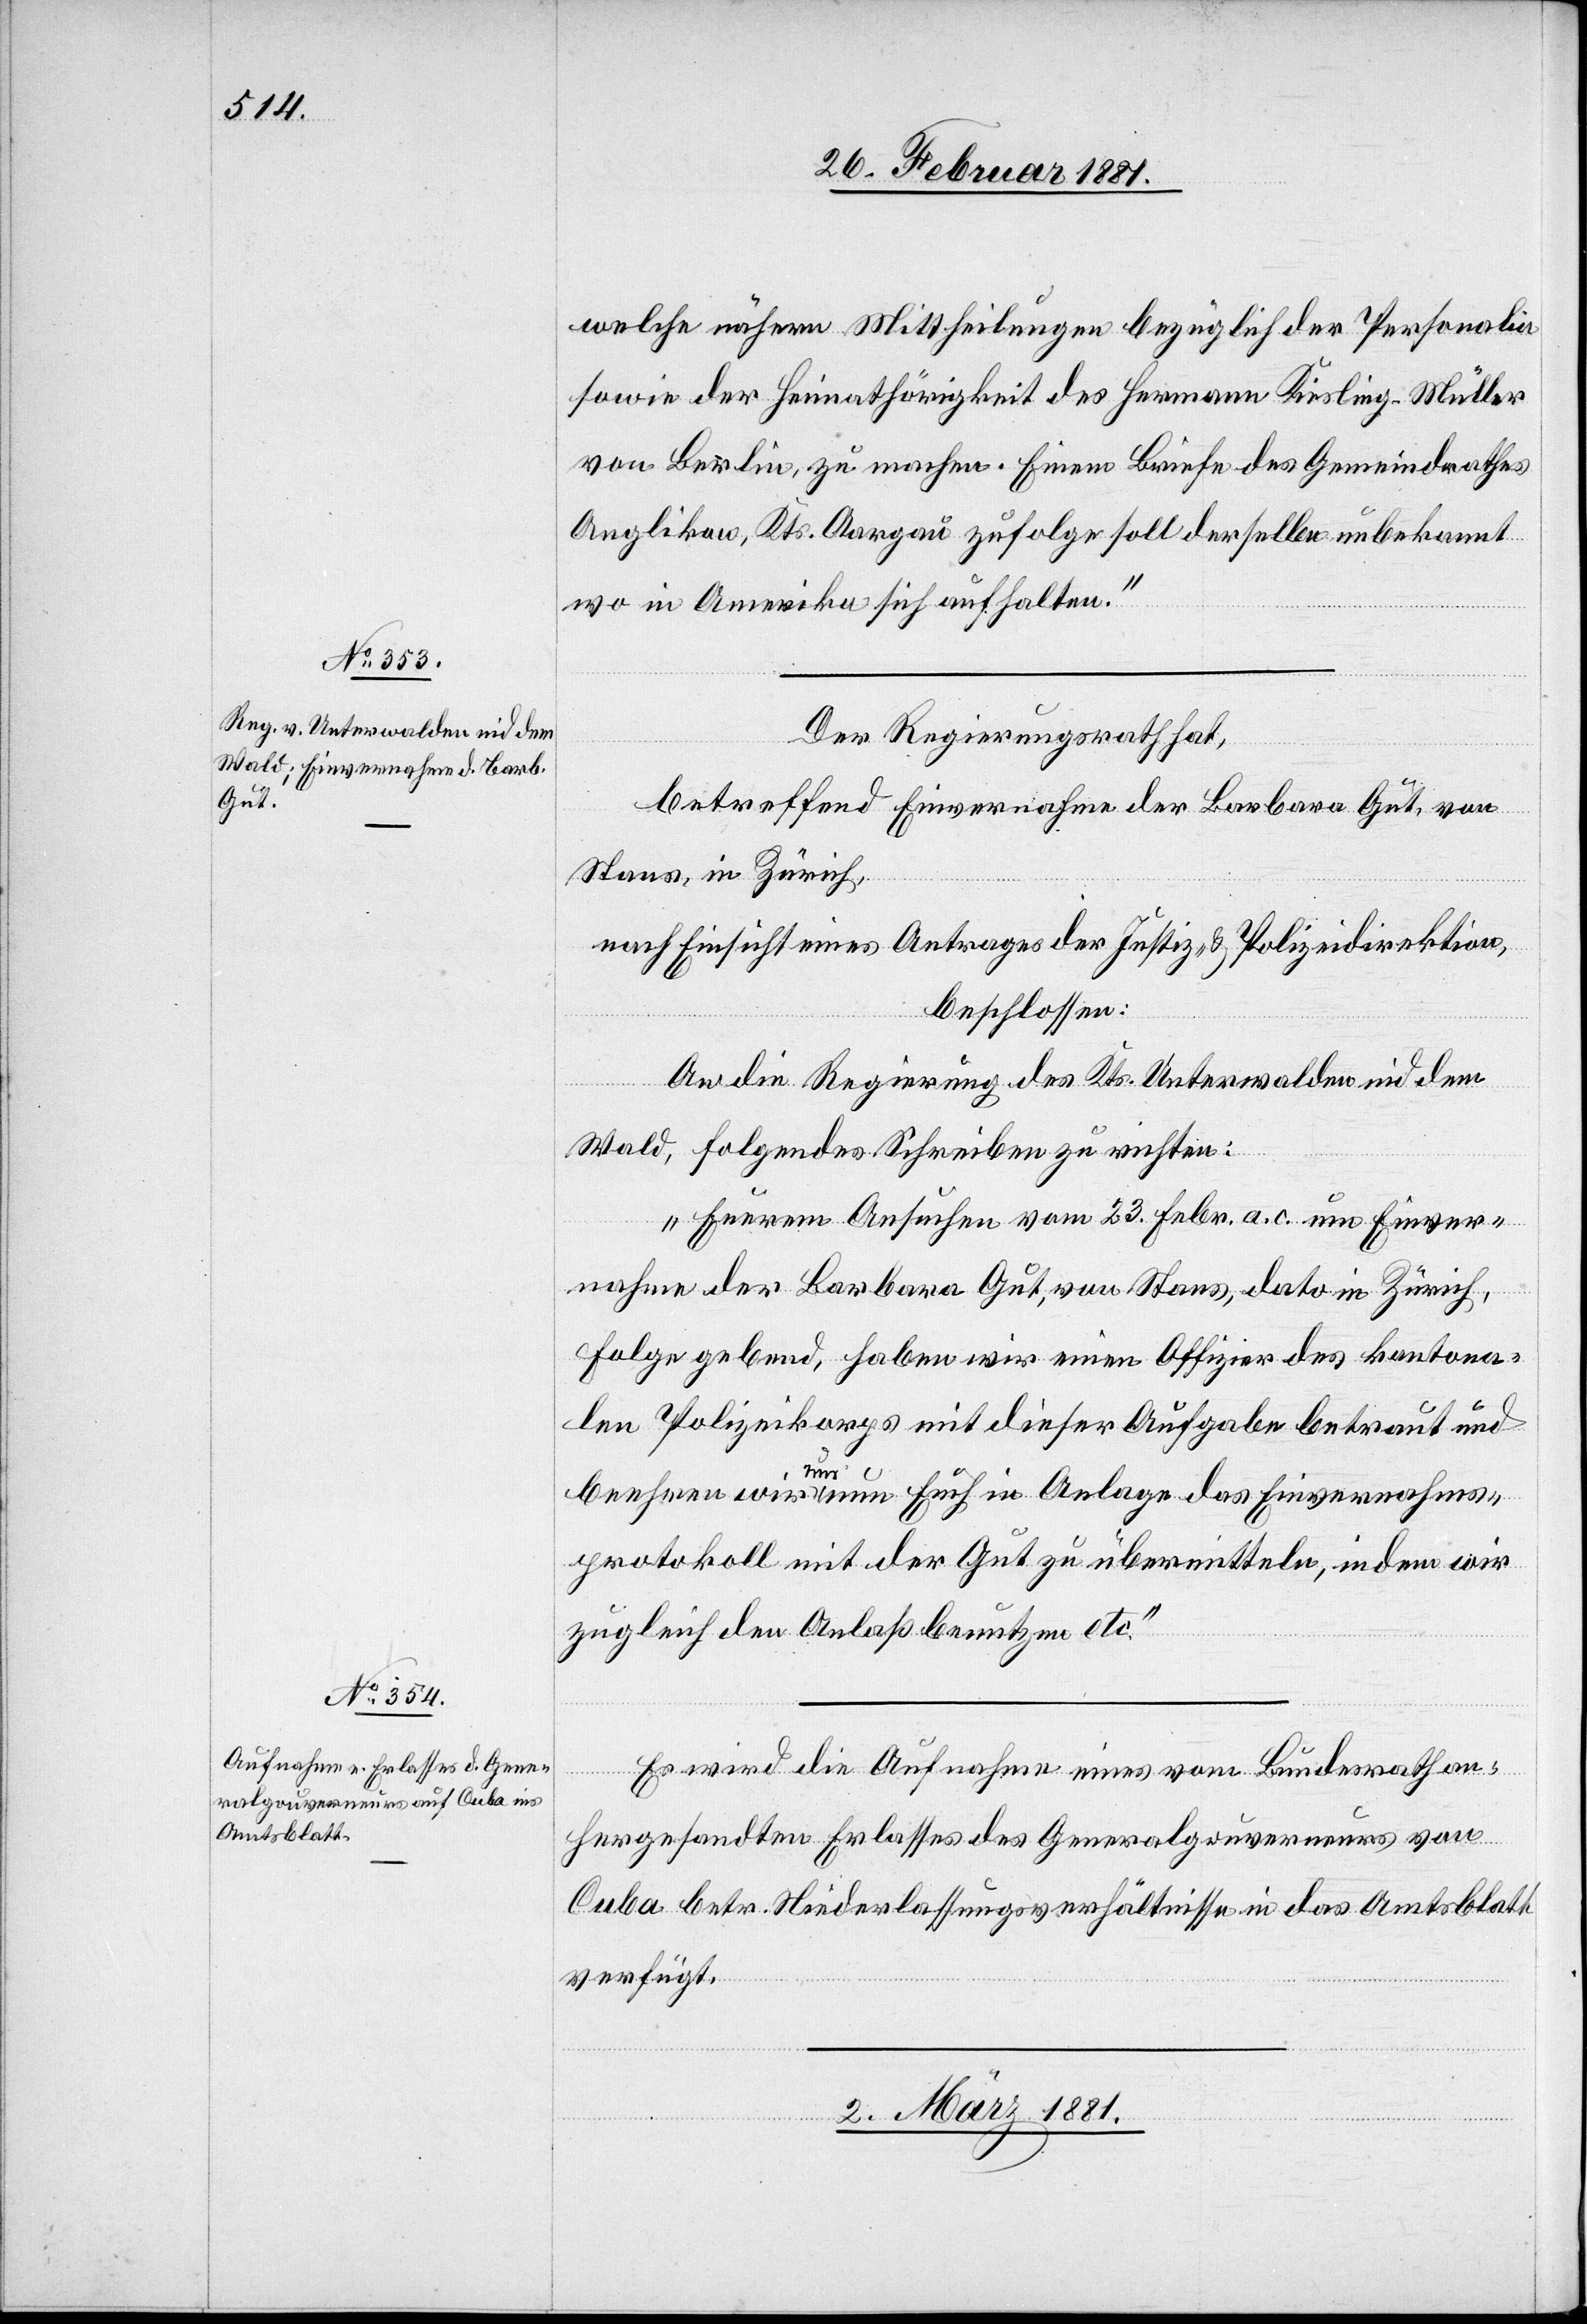
28. Februar 1881.]
welche nähern Mittheilungen bezüglich der Pesonalia
sowie der Heimathörigkeit des Hermann Kiesling-Müller
von Berlin, zu machen. Einem Briefe des Gemeindrathes
Anglikon, Kts. Aargau zufolge soll derselbe unbekannt
wo in Amerika sich aufhalten.“
Der Regierungsrath hat,
betreffend Einvernahme der Barbara Gut, von
Stans, in Zürich,
nach Einsicht eines Antrages der Justiz- & Polizeidirektion,
beschlossen:
An die Regierung des Kts. Unterwalden nid dem
Wald, folgendes Schreiben zu richten:
„Euerem Ansuchen vom 23. Febr. a. c. um Einver¬
nahme der Barbara Gut, von Stans, dato in Zürich,
Folge gebend, haben wir einen Offizier des kantona¬
len Polizeikorps mit dieser Aufgabe betraut und
beehren wir uns um Euch in Anlage das Einvernahms¬
protokoll mit der Gut zu übermitteln, indem wir
zugleich den Anlaß benutzen etc.“
Es wird die Aufnahme eines vom Bundesrath an¬
hergesandten Erlasses des Generalgouverneurs von
Cuba betr. Niederlassungsverhältnisse in das Amtsblatt
verfügt.